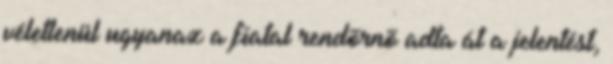
véletlenül ugyanaz a fiatal rendõrnõ adta át a jelentést,